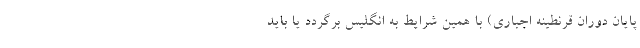
پایان دوران قرنطینه اجباری) با همین شرایط به انگلیس برگردد یا باید